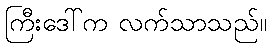
ကြီးဒေါ်က လက်သာသည်။